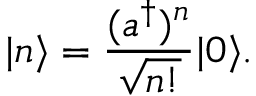
| n \rangle = { \frac { ( a ^ { \dagger } ) ^ { n } } { \sqrt { n ! } } } | 0 \rangle .